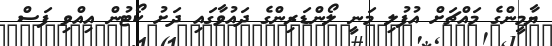
ޔާމީންގެ މައްޗަށް އުފުލި މަނީ ލޯންޑަރިންގެ ދައުވާގައި ދަށު ކޯޓުން އިއްވި ފަސް